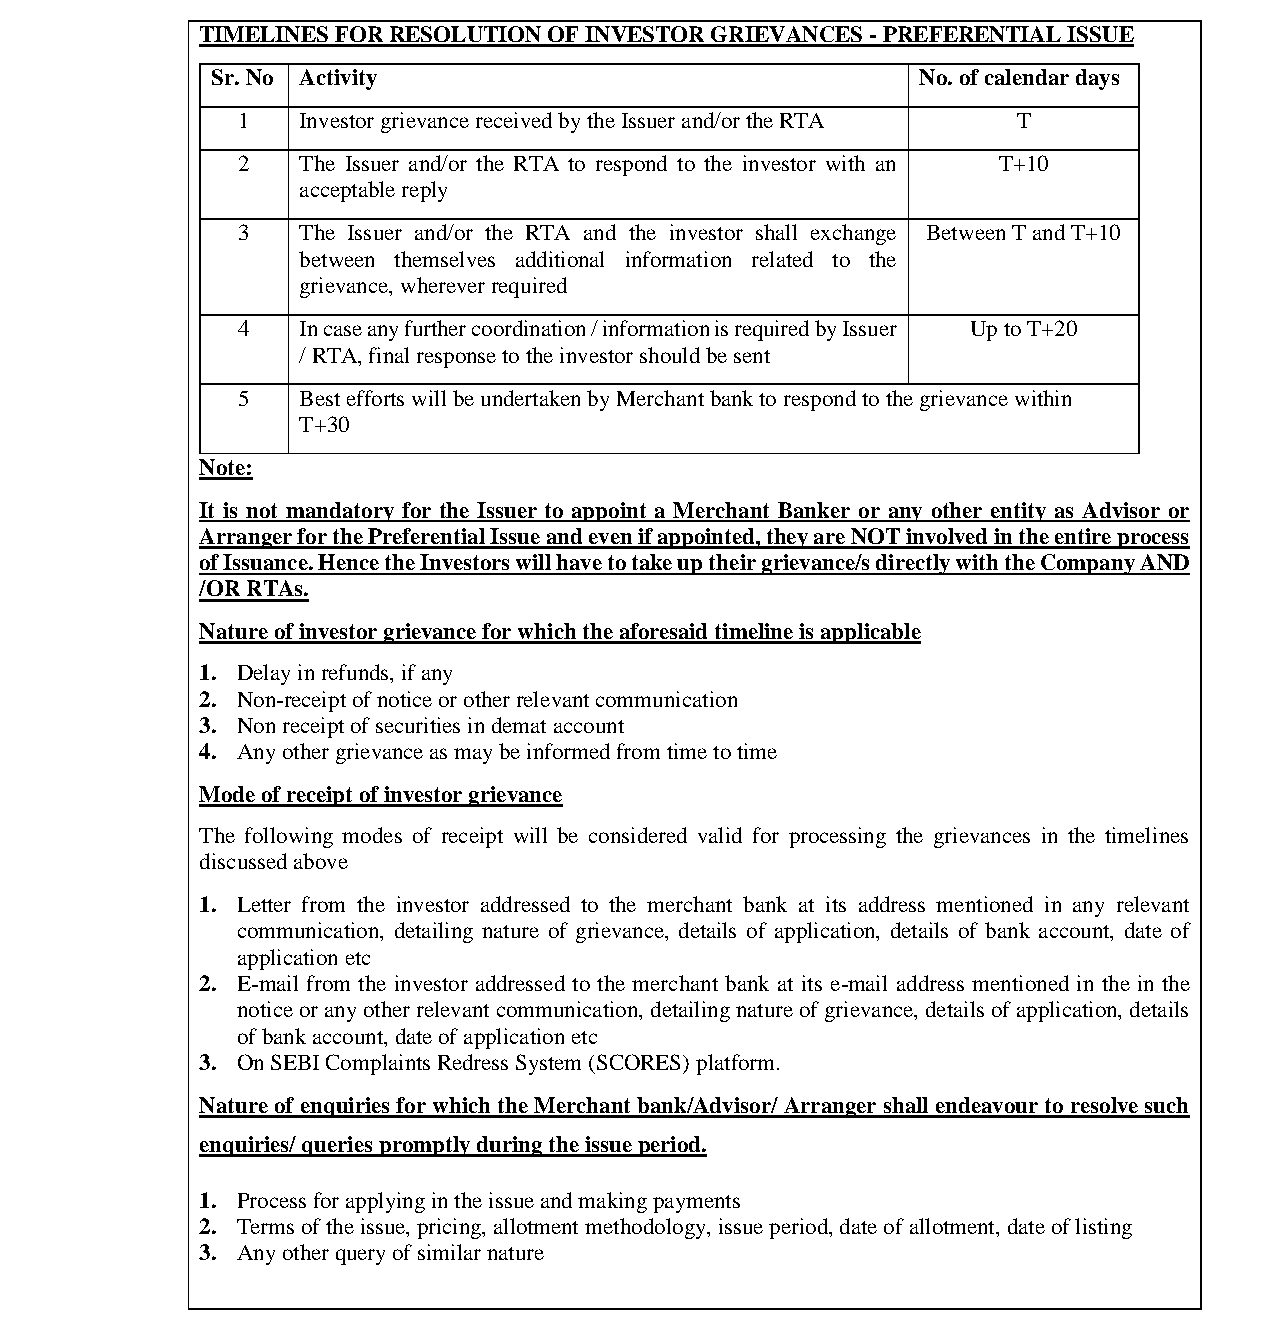
भारतीयप्रततभूततऔरवितिमयबोर्ड
 Securities and Exchange Board of India
 TIMELINES FOR RESOLUTION OF INVESTOR GRIEVANCES - PREFERENTIAL ISSUE
 Sr. No Activity                                No. of calendar days
 1   Investor grievance received by the Issuer and/or the RTA T
 2   The Issuer and/or the RTA to respond to the investor with an T+10
 acceptable reply
 3   The Issuer and/or the RTA and the investor shall exchange Between T and T+10
 between themselves additional information related to the
 grievance, wherever required
 4   In case any further coordination / information is required by Issuer Up to T+20
 / RTA, final response to the investor should be sent
 5   Best efforts will be undertaken by Merchant bank to respond to the grievance within
 T+30
 Note:
 It is not mandatory for the Issuer to appoint a Merchant Banker or any other entity as Advisor or
 Arranger for the Preferential Issue and even if appointed, they are NOT involved in the entire process
 of Issuance. Hence the Investors will have to take up their grievance/s directly with the Company AND
 /OR RTAs.
 Nature of investor grievance for which the aforesaid timeline is applicable
 1. Delay in refunds, if any
 2. Non-receipt of notice or other relevant communication
 3. Non receipt of securities in demat account
 4. Any other grievance as may be informed from time to time
 Mode of receipt of investor grievance
 The following modes of receipt will be considered valid for processing the grievances in the timelines
 discussed above
 1. Letter from the investor addressed to the merchant bank at its address mentioned in any relevant
 communication, detailing nature of grievance, details of application, details of bank account, date of
 application etc
 2. E-mail from the investor addressed to the merchant bank at its e-mail address mentioned in the in the
 notice or any other relevant communication, detailing nature of grievance, details of application, details
 of bank account, date of application etc
 3. On SEBI Complaints Redress System (SCORES) platform.
 Nature of enquiries for which the Merchant bank/Advisor/ Arranger shall endeavour to resolve such
 enquiries/ queries promptly during the issue period.
 1. Process for applying in the issue and making payments
 2. Terms of the issue, pricing, allotment methodology, issue period, date of allotment, date of listing
 3. Any other query of similar nature
 Page 27 of 52